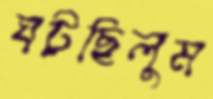
ঘটছিলুম